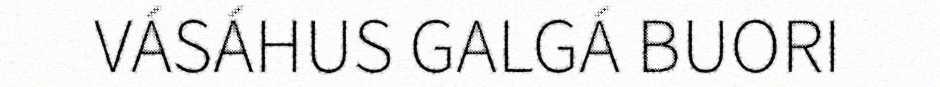
VÁSÁHUS GALGÁ BUORI